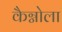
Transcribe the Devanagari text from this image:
कैग्नोला